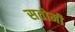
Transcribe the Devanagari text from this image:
सतोमी